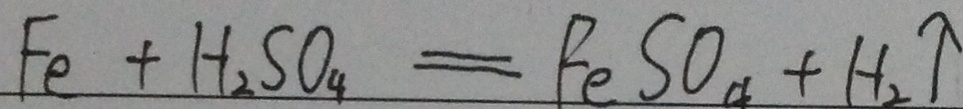
F e + H _ { 2 } S O _ { 4 } = F e S O _ { 4 } + H _ { 2 } \uparrow